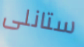
ستانلى